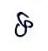
ទ